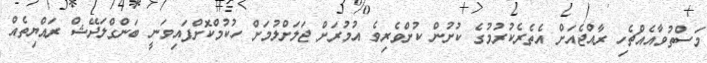
މަސްތުވާއެއްޗެހި ރާއްޖެއަށް އެތެރެކުރުމުގެ ކުށުން ކުށްވެރިވެ އުމުރަށް ޖަލަށްލުމަށް ހުކުމްކޮށްފައިވަނީ ބަންގްލަދޭޝް ރައްޔިތެއް